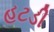
હટડી